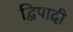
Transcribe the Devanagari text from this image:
द्विपादी